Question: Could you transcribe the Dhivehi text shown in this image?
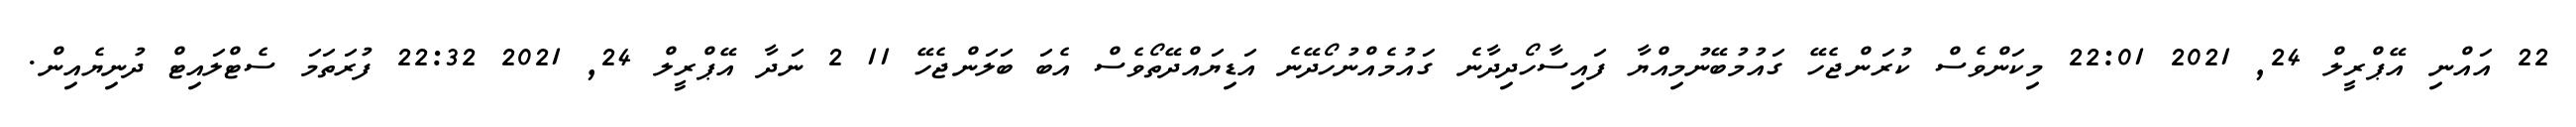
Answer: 22 އައްނި އޭޕްރީލް 24, 2021 22:01 މިކަންވެސް ކުރަންޖެހޭ ގައުމުބޭނުމިއްޔާ ފައިސާހޯދިދާނެ ގައުމެއްނުހޯދޭނެ އަޑިޔައްދޭތޯވެސް އެބަ ބަލަންޖެހޭ 11 2 ނަދާ އޭޕްރީލް 24, 2021 22:32 ފުރަތަމަ ސެޓްލައިޓް ދުނިޔެއިން.